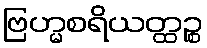
ဗြဟ္မစရိယတ္ထဉ္စ